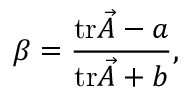
\beta = \frac { \mathrm { t r } \vec { A } - a } { \mathrm { t r } \vec { A } + b } ,